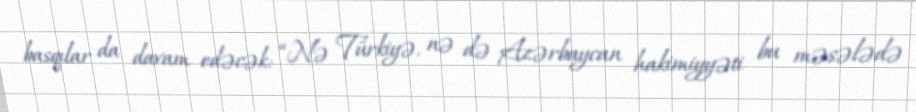
basqılar da davam edəcək: “Nə Türkiyə, nə də Azərbaycan hakimiyyəti bu məsələdə